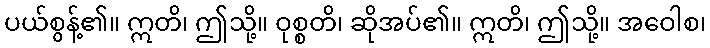
ပယ်စွန့်၏။ ဣတိ၊ ဤသို့။ ဝုစ္စတိ၊ ဆိုအပ်၏။ ဣတိ၊ ဤသို့။ အဝေါစ၊